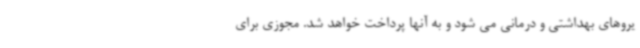
یروهای بهداشتی و درمانی می شود و به آنها پرداخت خواهد شد. مجوزی برای